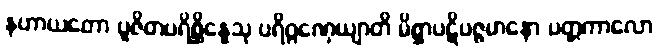
နဟာယတော ပူဇိတပရိစ္ဆိန္နေသု ပရိဂ္ဂဏှေယျာတိ မိစ္ဆာပဋိပဇ္ဇမာနော ပတ္တကာလော